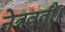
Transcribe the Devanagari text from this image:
नेत्रवती।